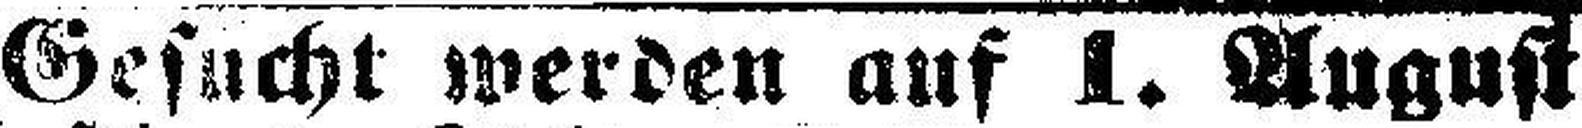
Gesucht werden auf 1. August